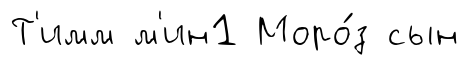
Т'имм м'ин1 Моро́з сын